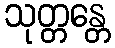
သုတ္တန္တေ